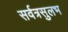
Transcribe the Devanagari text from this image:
सर्वत्रसुलभ